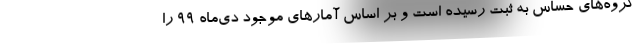
گروه‌های حساس به ثبت رسیده است و بر اساس آمارهای موجود دی‌ماه ۹۹ را